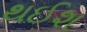
થઈશ